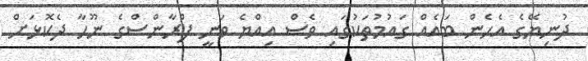
ދުނިޔޭގެ އެހެން ބައެއް ގައުމުތަކުގައި ވެސް އިއްޔެ ވަނީ ފްރާންސްގެ ނޫހާ ދެކޮޅަށް